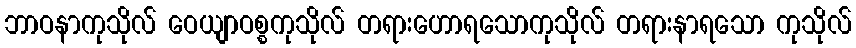
ဘာဝနာကုသိုလ် ဝေယျာဝစ္စကုသိုလ် တရားဟောရသောကုသိုလ် တရားနာရသော ကုသိုလ်